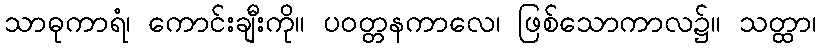
သာဓုကာရံ၊ ကောင်းချီးကို။ ပဝတ္တနကာလေ၊ ဖြစ်သောကာလ၌။ သတ္ထာ၊